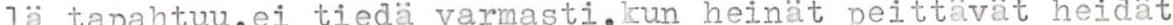
la tapahtuu,ei tiedä varmasti,kun heinät peittävät heidät